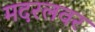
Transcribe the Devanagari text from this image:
मदरलवर